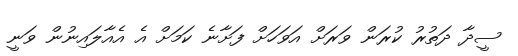
ސީދާ ދަތުރު ކުރަން ވަރަށް އަވަހަށް ފަށާނެ ކަމަށް އެ އެއާލައިނުން ވަނީ